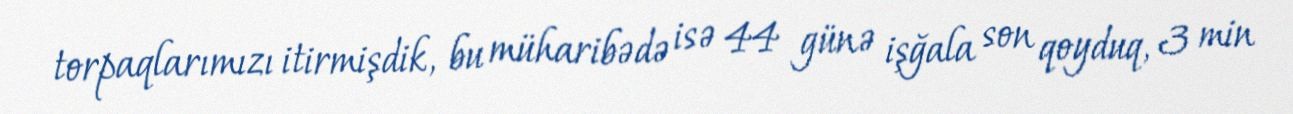
torpaqlarımızı itirmişdik, bu müharibədə isə 44 günə işğala son qoyduq, 3 min